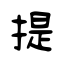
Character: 提